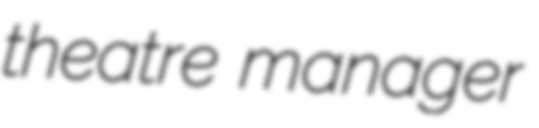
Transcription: theatre manager